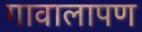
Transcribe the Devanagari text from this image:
गावालापण